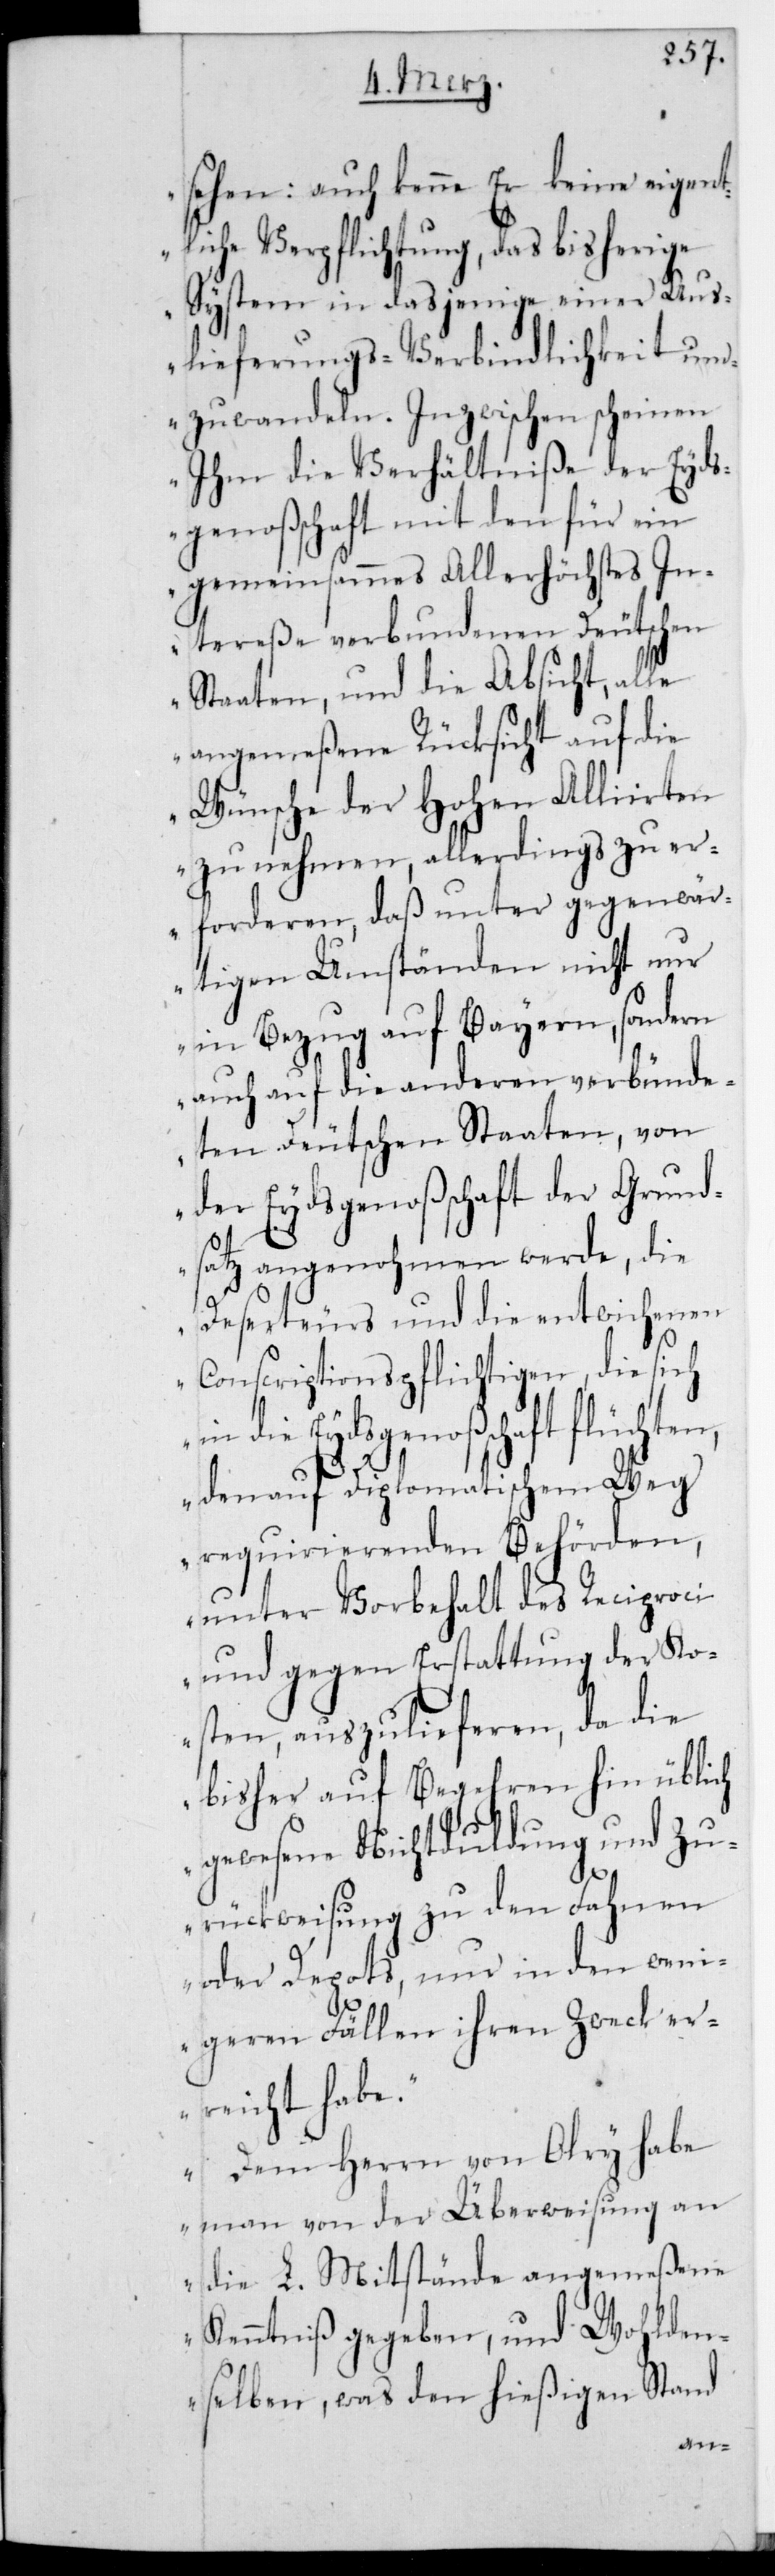
sehen; auch kenne Er keine eigent¬
liche Verpflichtung, das bisherige
System in dasjenige einer Aus¬
lieferungs-Verbindlichkeit um¬
zuwandeln. Inzwischen scheinen
Ihm die Verhältniße der Eyds¬
genoßenschaft mit den für ein
gemeinsames Allerhöchstes In¬
tereße verbundenen Deutschen
Staaten, und die Absicht, alle
angemeßene Rücksicht auf die
Wünsche der Hohen Alliierten
zu nehmen, allerdings zu er¬
forderen, daß unter gegenwär¬
tigen Umständen nicht nur
in Bezug auf Bayern, sondern
auch auf die anderen verbünde¬
ten Deutschen Staaten, von
der Eydsgenoßenschaft der Grund¬
satz angenohmen werde, die
Deserteurs und die entwichenen
Conscriptionspflichtigen, die sich
in die Eydsgenoßenschaft flüchten,
den auf Diplomatischem Weg
requirierenden Behörden,
unter Vorbehalt des Reciproci
und gegen Erstattung der Ko¬
sten, auszulieferen, da die
bisher auf Begehren hin üblich
gewesene Nichtduldung
Zurückweisung zu den Fahnen
oder Depots, nur in den weni¬
geren Fällen ihren Zweck er¬
reicht habe.
Dem Herrn von Olry habe
man von der Überweisung an
die L. Mitstände angemeßene
Kenntniß gegeben, und Wohldem¬
selben, was den hießigen Stand